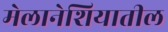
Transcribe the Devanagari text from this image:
मेलानेशियातील